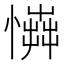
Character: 𢢟